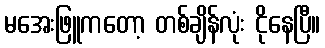
မအေးဖြူကတော့ တစ်ချိန်လုံး ငိုနေပြီ။